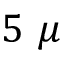
5 ~ \mu